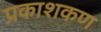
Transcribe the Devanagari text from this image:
प्रकाशकण